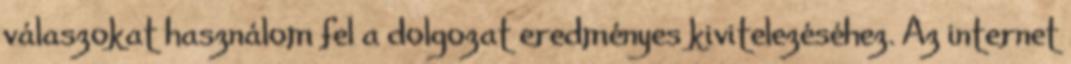
válaszokat használom fel a dolgozat eredményes kivitelezéséhez. Az internet